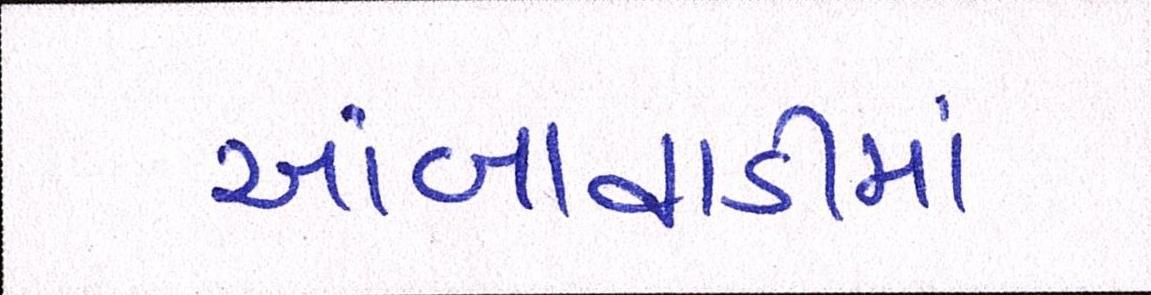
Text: આંબાવાડીમાં